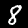
Label: 8